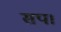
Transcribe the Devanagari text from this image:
सप।